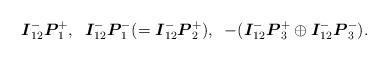
LaTeX: \begin{align*}\boldsymbol{I}_{12}^{-}\boldsymbol{P}_{1}^{+},\;\;\boldsymbol{I}_{12}^{-}\boldsymbol{P}_{1}^{-}(=\boldsymbol{I}_{12}^{-}\boldsymbol{P}_{2}^{+}),\;\;-(\boldsymbol{I}_{12}^{-}\boldsymbol{P}_{3}^{+}\oplus \boldsymbol{I}_{12}^{-}\boldsymbol{P}_{3}^{-}).\end{align*}